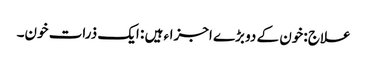
علاج :خون کے دو بڑے اجزاء ہیں : ایک ذرات خون۔